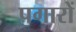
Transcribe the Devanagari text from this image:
पगारों